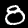
Digit: 8